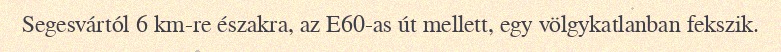
Segesvártól 6 km-re északra, az E60-as út mellett, egy völgykatlanban fekszik.